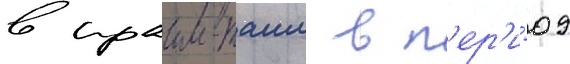
в праим-таим в п'ер'и́од